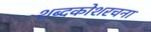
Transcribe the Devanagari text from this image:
शब्दकोशरचना